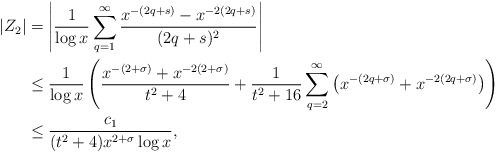
LaTeX: \begin{align*} |Z_2| &= \left| \frac{1}{\log x} \sum_{q=1}^\infty \frac{x^{-(2q+s)}-x^{-2(2q+s)}}{(2q+s)^2} \right| \\ &\leq \frac{1}{\log x}\left( \frac{x^{-(2+\sigma)} + x^{-2(2+\sigma)}}{t^2+4} + \frac{1}{t^2+16} \sum_{q=2}^\infty \left( x^{-(2q+\sigma)} + x^{-2(2q+\sigma)} \right) \right) \\ &\leq \frac{c_1}{(t^2+4) x^{2+\sigma} \log x}, \end{align*}